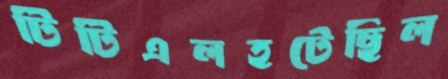
টিটিএলহটেছিল